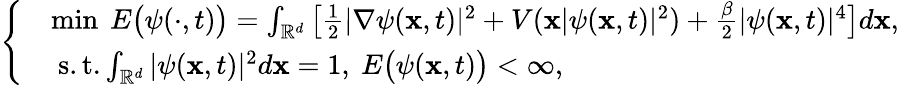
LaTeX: \left\{ \begin{array}{rl}&{\operatorname*{min}~E\big(\psi(\cdot,t)\big)=\int_{\mathbb{R}^{d}}\big[\frac{1}{2}|\nabla\psi(\mathbf{x},t)|^{2}+V(\mathbf{x}|\psi(\mathbf{x},t)|^{2})+\frac{\beta}{2}|\psi(\mathbf{x},t)|^{4}\big]d\mathbf{x},}\\ &{~\mathrm{s.t.}\int_{\mathbb{R}^{d}}|\psi(\mathbf{x},t)|^{2}d\mathbf{x}=1,~E\big(\psi(\mathbf{x},t)\big)<\infty,}\end{array}\right.